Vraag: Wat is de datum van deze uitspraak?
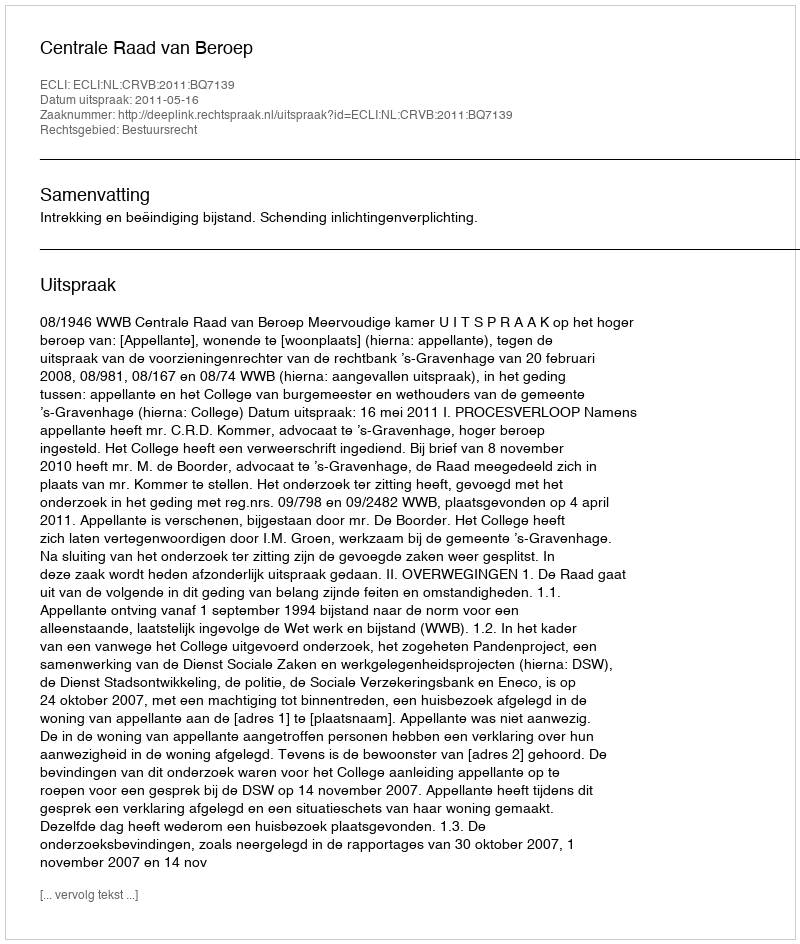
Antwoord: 2011-05-16